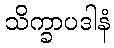
သိက္ခာပဒါနံ